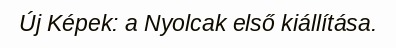
Új Képek: a Nyolcak első kiállítása.